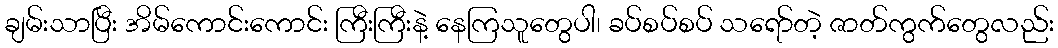
ချမ်းသာပြီး အိမ်ကောင်းကောင်း ကြီးကြီးနဲ့ နေကြသူတွေပါ၊ ခပ်စပ်စပ် သရော်တဲ့ ဇာတ်ကွက်တွေလည်း